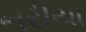
નરીયા